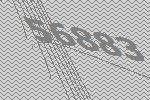
56883